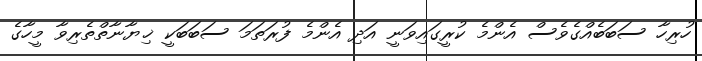
ހުރިހާ ސަބަބެއްގެވެސް އެންމެ ކުރީގައިވަނީ އަދި އެންމެ ފުރަތަމަ ސަބަބަކީ ޚިޔާނާތްތެރިވާ މީހާގެ